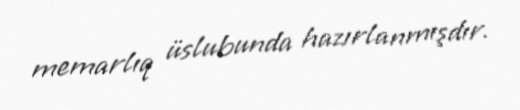
memarlıq üslubunda hazırlanmışdır.